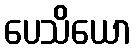
ပေသိယော